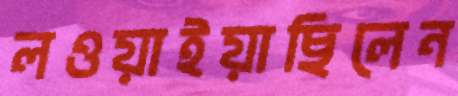
লওয়াইয়াছিলেন